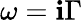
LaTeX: \omega=\mathbf{i}\Gamma